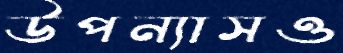
উপন্যাসও